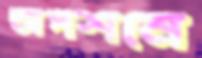
অপশনে